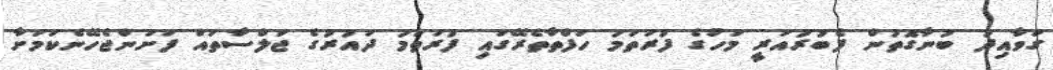
ގަވާއިދު ބުނާގޮތުން ފެބުރުއަރީ މަހުގެ ފުރަތަމަ ހަފްތާތެރޭގައި ފުރަތަމަ ދައުރުގެ ޖަލްސާތައް ފަށަންޖެހޭނެކަމަށާ